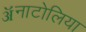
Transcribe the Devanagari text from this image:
ॲनाटोलिया